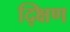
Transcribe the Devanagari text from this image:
द्क्षिण